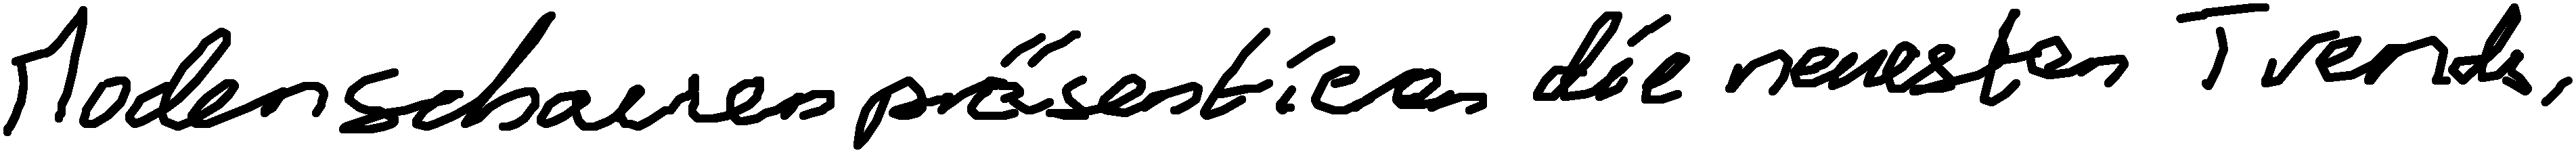
Modenschauen präsentieren die neuesten Trends.